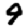
Digit: 9